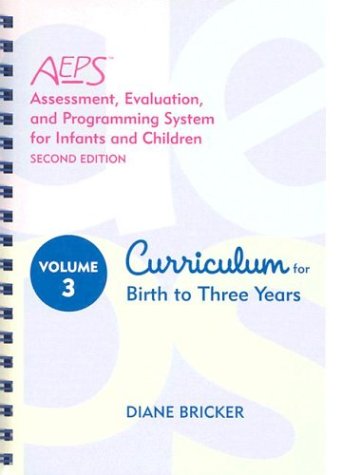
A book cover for Assessment, Evaluation, and Programming System for Infants and Children (AEPSÂ®), Second Edition, Curriculum for Birth to Three Years; Diane Bricker Ph.D.; Medical Books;